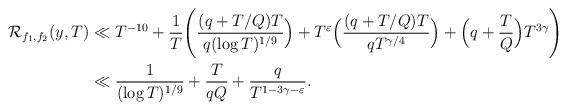
LaTeX: \begin{align*}\mathcal{R}_{f_1, f_2}(y, T) & \ll T^{-10} + \frac{1}{T} \Bigg( \frac{(q + T/Q)T}{q (\log T)^{1/9}}\Big) + T^{\varepsilon}\Big(\frac{(q + T/Q)T}{q T^{\gamma/4}}\Big) + \Big(q + \frac{T}{Q}\Big)T^{3\gamma}\Bigg)\\&\ll \frac{1}{(\log T)^{1/9}} + \frac{T}{qQ} + \frac{q}{T^{1 - 3\gamma - \varepsilon}} .\end{align*}